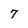
Character: 7